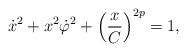
\begin{align*}\dot x^{2}+x^{2}\dot \varphi ^{2}+\left(\frac{x}{C}\right)^{2p}=1,\end{align*}